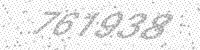
Solution: 761938